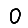
Digit: 0